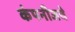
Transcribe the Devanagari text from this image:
कंपनीजचे